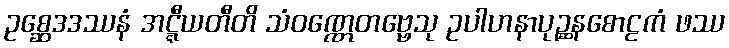
ဥစ္ဆေဒဒဿနံ အဋ္ဋီယတီတိ သံဝဏ္ဏေတဗ္ဗေသု ဥပါဟနာပုဉ္ဆနစောဠကံ ဖဿ